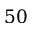
5 0